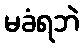
မခံရဘဲ